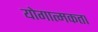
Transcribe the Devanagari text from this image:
योगात्मकता